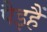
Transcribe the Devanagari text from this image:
पैइहैं